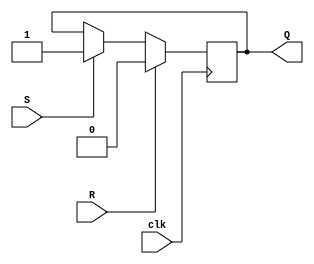
module sr_flipflop (
    input S, // Set input
    input R, // Reset input
    input clk, // Clock input
    output reg Q // Flip-flop output
);

always @(posedge clk) begin // On positive edge of clock
    if(R) begin // If reset is active
        Q <= 0; // Reset flip-flop to '0'
    end
    else if(S) begin // If set is active
        Q <= 1; // Set flip-flop to '1'
    end
end

endmodule